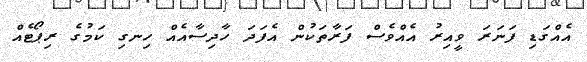
އެއްގަޑި ފަނަރަ ވީއިރު އެއްވެސް ފަރާތަކުން އެފަދަ ހާދިސާއެއް ހިނގި ކަމުގެ ރިޕޯޓެއް